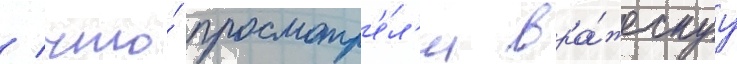
/ что́ просмотр'е́л'и вра́жескуу